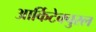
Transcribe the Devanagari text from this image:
आर्किटेक्चुरल